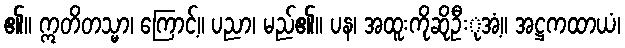
၏။ ဣတိတသ္မာ၊ ကြောင့်။ ပညာ၊ မည်၏။ ပန၊ အထူးကိုဆိုဦးုအံ့။ အဋ္ဌကထာယံ၊